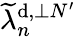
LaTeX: \widetilde{\lambda}_{n}^{\mathrm{d},\perp N^{\prime}}